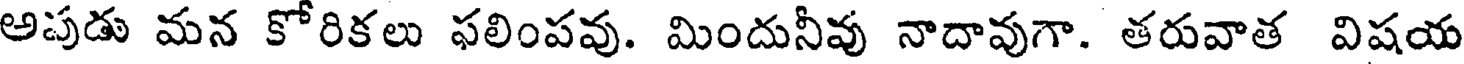
అపుడు మన కోరికలు ఫలింపవు. మిందునీవు నాదావుగా. తరువాత విషయ